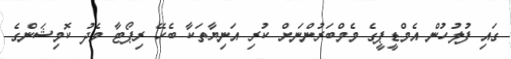
ގައި ފުލުހުން އެމްޑީޕީގެ މެމްބަރުންނަށް ކުރި އަނިޔާތަކާ ބެހޭ ރިޕޯޓާ މެދު ކޮމިޝަންގެ